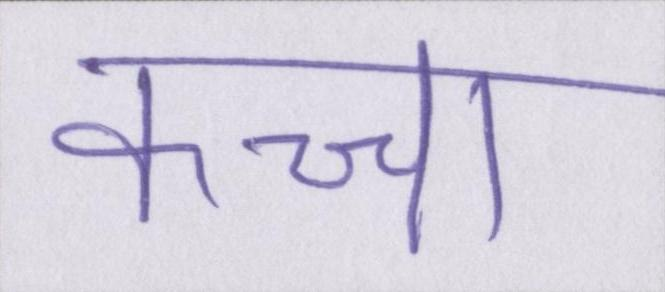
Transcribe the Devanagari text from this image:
कच्चा